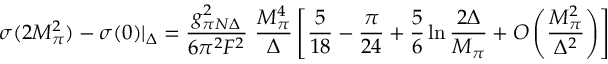
\sigma ( 2 M _ { \pi } ^ { 2 } ) - \sigma ( 0 ) | _ { \Delta } = { \frac { g _ { \pi N \Delta } ^ { 2 } } { 6 \pi ^ { 2 } F ^ { 2 } } } \ { \frac { M _ { \pi } ^ { 4 } } { \Delta } } \left[ { \frac { 5 } { 1 8 } } - { \frac { \pi } { 2 4 } } + { \frac { 5 } { 6 } } \ln { \frac { 2 \Delta } { M _ { \pi } } } + { \cal O } \left( { \frac { M _ { \pi } ^ { 2 } } { \Delta ^ { 2 } } } \right) \right]